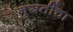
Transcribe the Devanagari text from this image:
नुस्रतींचा